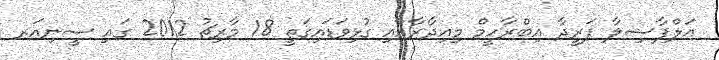
އަލްފާޟިލާ ފަރީދާ އިބްރާހީމް މިއިދާރާއާއި ގުޅިވަޑައިގަތީ 18 މާރިޗު 2012 ގައި ސީނިއަރ